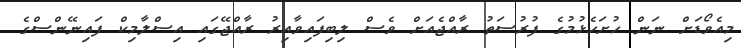
މިއެވޯޑަށް ނަން ހުށަހެޅުމުގެ ފުރުސަތު ރާއްޖެއަށް ވެސް ލިބިފައިވާއިރު ރާއްޖޭގައި އިސްލާމިކް ފައިނޭންސްގެ